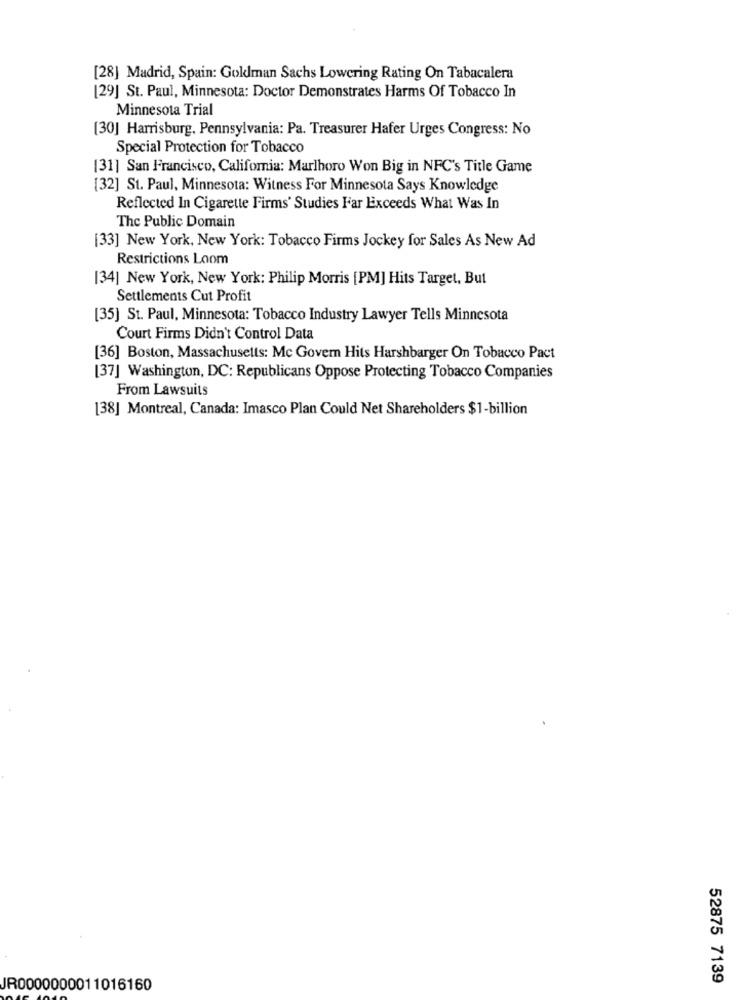
[28] Madrid, Spain: Goldman Sachs Lowering Rating On Tabacalera
[29] St. Paul, Minnesota: Doctor Demonstrates Harms Of Tobacco In
Minnesota Trial
[30] Harrisburg, Pennsylvania: Pa. Treasurer Hafer Urges Congress: No
Special Protection for Tobacco
[31] San Francisco, Califomia: Marlhoro Won Big in NFC's Title Game
[32] St. Paul, Minnesota: Witness For Minnesota Says Knowledge
Reflected In Cigarette Firms' Studies Far Exceeds What Was In
The Public Domain
[33] New York, New York: Tobacco Firms Jockey for Sales As New Ad
Restrictions Loom
[34] New York, New York: Philip Morris [PM] Hits Target, But
Settlements Cut Profit
[35] St. Paul, Minnesota: Tobacco Industry Lawyer Tells Minnesota
Court Firms Didn't Control Data
[36] Boston, Massachusetts: Mc Govern Hits Harshbarger On Tobacco Pact
[37] Washington, DC: Republicans Oppose Protecting Tobacco Companies
From Lawsuits
[38] Montreal, Canada: Imasco Plan Could Net Shareholders $1-billion
52875 7139
JR0000000011016160